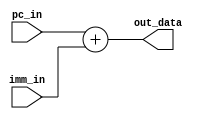
`timescale 1ns / 1ps
//////////////////////////////////////////////////////////////////////////////////
//Percentages
//Mason: 33%
//Alex: 33%
// Ali: 33%
//////////////////////////////////////////////////////////////////////////////////

module Adder(
    input  [31:0] pc_in, // 32-bit input data
    input  [31:0] imm_in, // 32-bit input data
    output reg [31:0] out_data // 32-bit output data
);  
    initial begin out_data = 32'd0; end
    
    always @(pc_in, imm_in) begin
        out_data = pc_in + imm_in; // Perform a 2-bit left shift
    end
endmodule

//module Subtractor(
//    input  [31:0] pc_in, // 32-bit input data
//    output reg [31:0] subtracted_result // 32-bit output data
//);  
//    initial begin subtracted_result = 32'd0; end
    
//    always @(pc_in) begin
//        subtracted_result = pc_in - 32'd4; // subtract 4
//    end
//endmodule